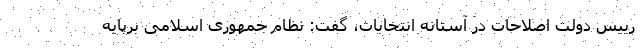
رییس دولت اصلاحات در آستانه انتخابات، گفت: نظام جمهوری اسلامی برپایه